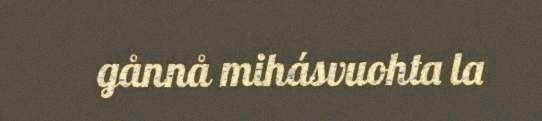
gånnå mihásvuohta la